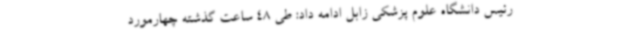
رئیس دانشگاه علوم پزشکی زابل ادامه داد: طی 48 ساعت گذشته چهارمورد